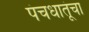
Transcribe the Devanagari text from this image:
पंचधातूंचा